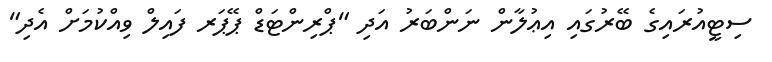
ސިޓީއުރައިގެ ބޭރުގައި އިޢުލާން ނަންބަރު އަދި "ޕްރިންޓަޑް ޕޭޕަރ ފައިލް ވިއްކުމަށް އެދި"